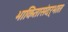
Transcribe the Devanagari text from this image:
भाकितासंदर्भात